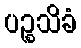
ပဉ္စသိခံ